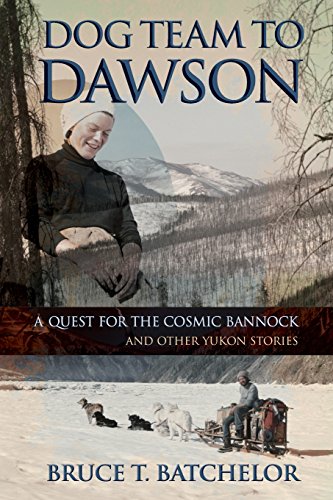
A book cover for Dog Team to Dawson: A Quest for the Cosmic Bannock and Other Yukon Stories; Bruce T. Batchelor; Sports & Outdoors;